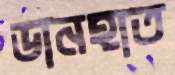
ডানহাত